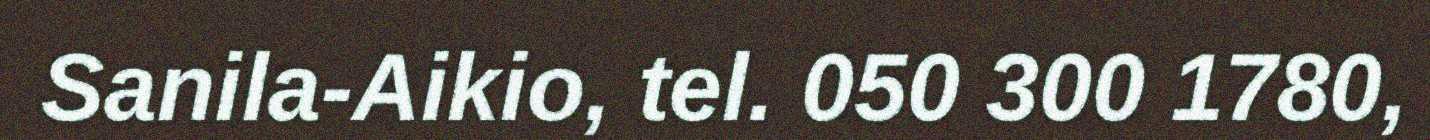
Sanila-Aikio, tel. 050 300 1780,